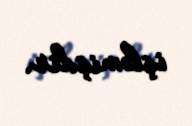
işləmişdir.